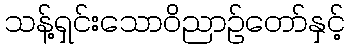
သန့်ရှင်းသောဝိညာဉ်တော်နှင့်